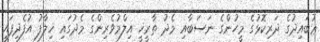
ޢުބައިދުގެ ދަރިކޮޅުގެ މީހުންގެ ނަސަބާއި މެދު ތާރީޚީ އިލްމުވެރިންގެ މެދުގައި ޚިލާފު އުފެދިފައި